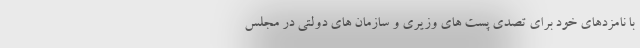
با نامزدهای خود برای تصدی پست های وزیری و سازمان های دولتی در مجلس